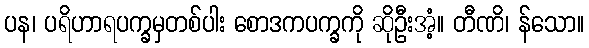
ပန၊ ပရိဟာရပက္ခမှတစ်ပါး စောဒကပက္ခကို ဆိုဦးအံ့။ တီဏိ၊ န်သော။